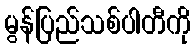
မွန်ပြည်သစ်ပါတီကို